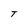
Character: T